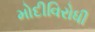
મોદીવિરોધી